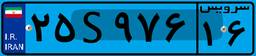
۲۷S۳۳۰۴۵